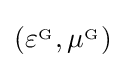
\left(\varepsilon ^{_{\mathrm {G} }},\mu ^{_{\mathrm {G} }}\right)